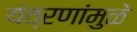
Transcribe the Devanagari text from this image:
यंत्रणांमुळे